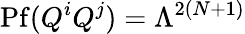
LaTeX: \mathrm{Pf}(Q^{i}Q^{j})=\Lambda^{2(N+1)}